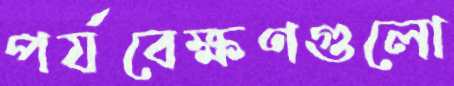
পর্যবেক্ষণগুলো